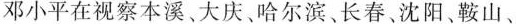
邓小平在视察本溪、大庆、哈尔滨、长春、沈阳、鞍山、